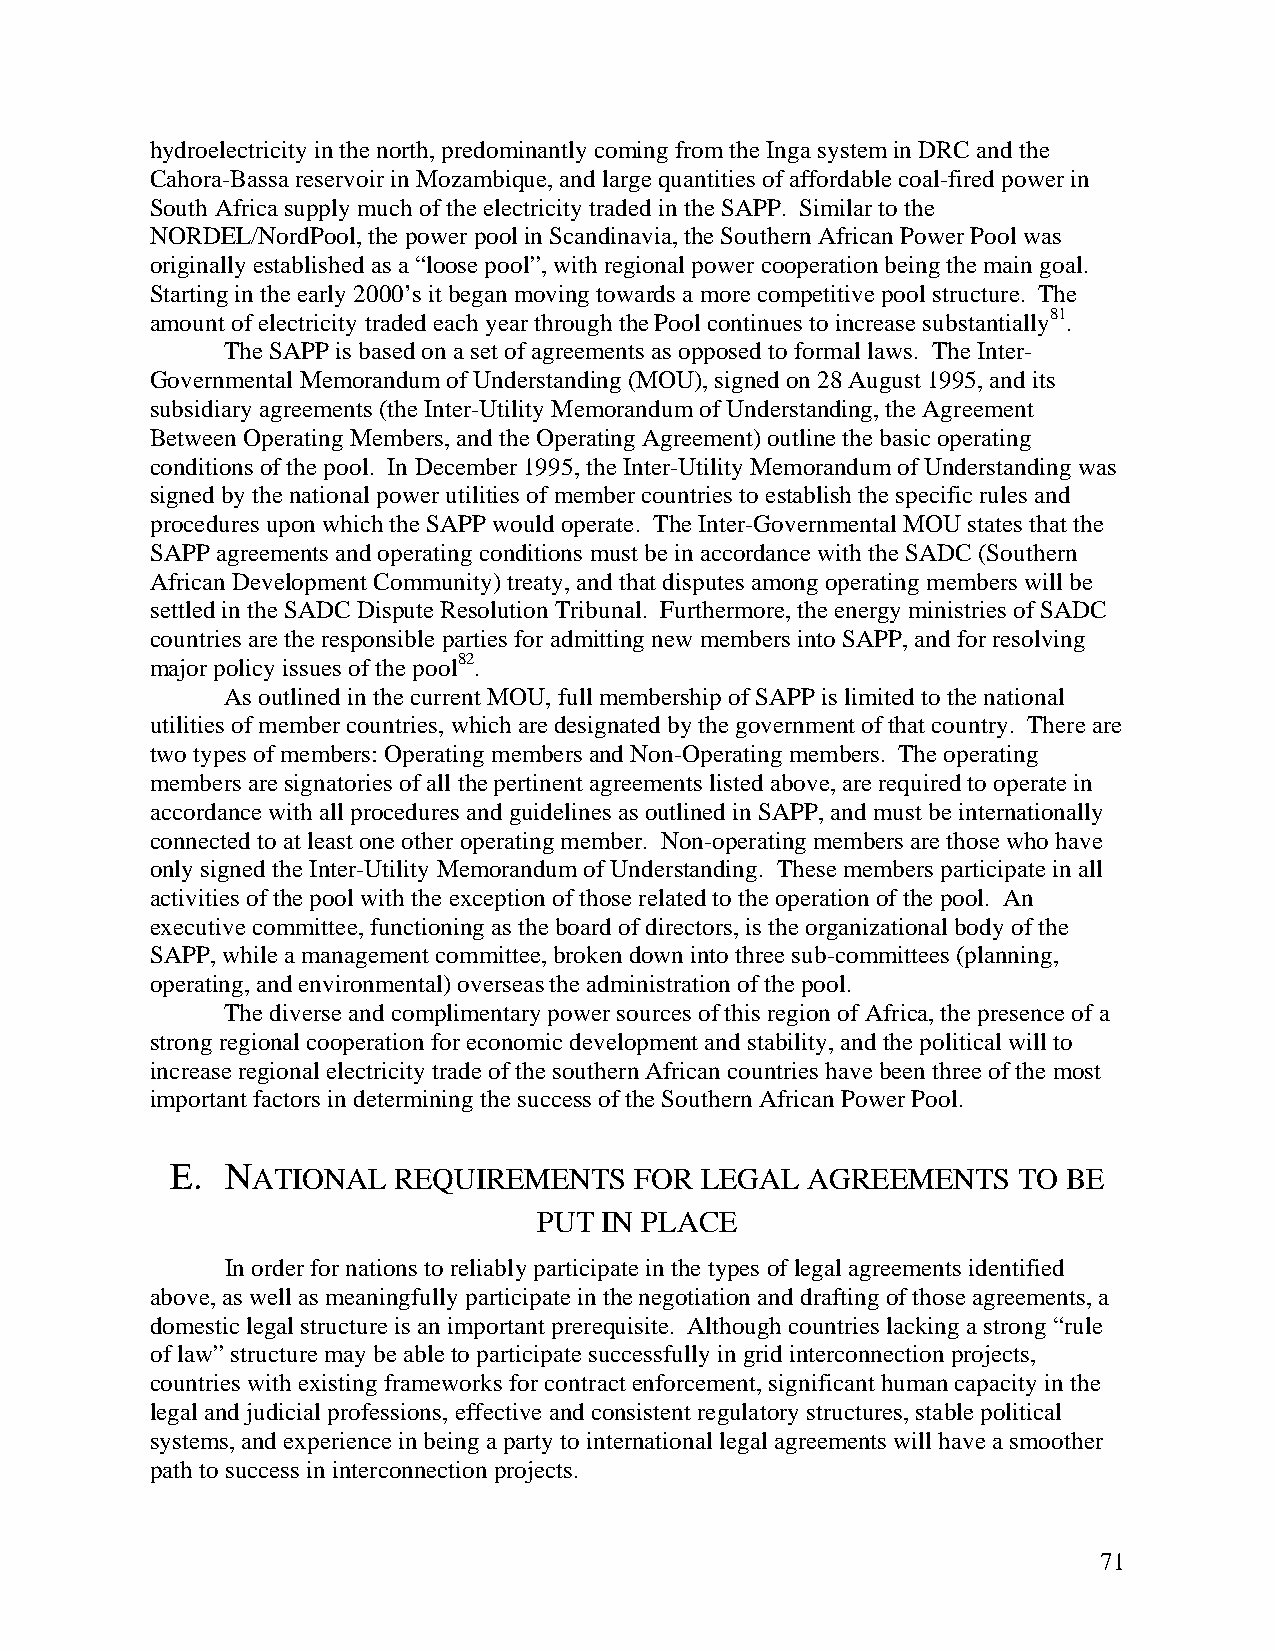
hydroelectricity in the north, predominantly coming from the Inga system in DRC and the
 Cahora-Bassa reservoir in Mozambique, and large quantities of affordable coal-fired power in
 South Africa supply much of the electricity traded in the SAPP. Similar to the
 NORDEL/NordPool, the power pool in Scandinavia, the Southern African Power Pool was
 originally established as a “loose pool”, with regional power cooperation being the main goal.
 Starting in the early 2000’s it began moving towards a more competitive pool structure. The
 amount of electricity traded each year through the Pool continues to increase substantially81.
 The SAPP is based on a set of agreements as opposed to formal laws. The Inter-
 Governmental Memorandum of Understanding (MOU), signed on 28 August 1995, and its
 subsidiary agreements (the Inter-Utility Memorandum of Understanding, the Agreement
 Between Operating Members, and the Operating Agreement) outline the basic operating
 conditions of the pool. In December 1995, the Inter-Utility Memorandum of Understanding was
 signed by the national power utilities of member countries to establish the specific rules and
 procedures upon which the SAPP would operate. The Inter-Governmental MOU states that the
 SAPP agreements and operating conditions must be in accordance with the SADC (Southern
 African Development Community) treaty, and that disputes among operating members will be
 settled in the SADC Dispute Resolution Tribunal. Furthermore, the energy ministries of SADC
 countries are the responsible parties for admitting new members into SAPP, and for resolving
 major policy issues of the pool82.
 As outlined in the current MOU, full membership of SAPP is limited to the national
 utilities of member countries, which are designated by the government of that country. There are
 two types of members: Operating members and Non-Operating members. The operating
 members are signatories of all the pertinent agreements listed above, are required to operate in
 accordance with all procedures and guidelines as outlined in SAPP, and must be internationally
 connected to at least one other operating member. Non-operating members are those who have
 only signed the Inter-Utility Memorandum of Understanding. These members participate in all
 activities of the pool with the exception of those related to the operation of the pool. An
 executive committee, functioning as the board of directors, is the organizational body of the
 SAPP, while a management committee, broken down into three sub-committees (planning,
 operating, and environmental) overseas the administration of the pool.
 The diverse and complimentary power sources of this region of Africa, the presence of a
 strong regional cooperation for economic development and stability, and the political will to
 increase regional electricity trade of the southern African countries have been three of the most
 important factors in determining the success of the Southern African Power Pool.
 E.  NATIONAL   REQUIREMENTS    FOR LEGAL  AGREEMENTS    TO  BE
 PUT IN PLACE
 In order for nations to reliably participate in the types of legal agreements identified
 above, as well as meaningfully participate in the negotiation and drafting of those agreements, a
 domestic legal structure is an important prerequisite. Although countries lacking a strong “rule
 of law” structure may be able to participate successfully in grid interconnection projects,
 countries with existing frameworks for contract enforcement, significant human capacity in the
 legal and judicial professions, effective and consistent regulatory structures, stable political
 systems, and experience in being a party to international legal agreements will have a smoother
 path to success in interconnection projects.
 71